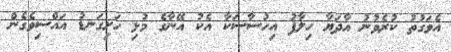
އެވަގުތު ކުރެވުނު އާދަޔާ ހިލާފު އިހުސާސަކާ އެކު އޭނާގެ މުޅި ހަށިގަނޑު އައްސިވެގެން